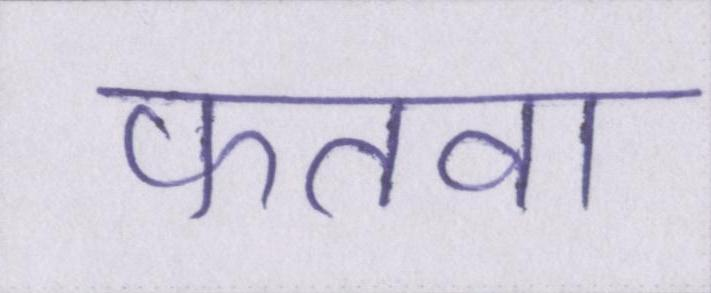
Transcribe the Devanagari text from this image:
फतवा